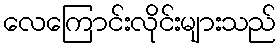
လေကြောင်းလိုင်းများသည်